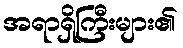
အရာရှိကြီးများ၏